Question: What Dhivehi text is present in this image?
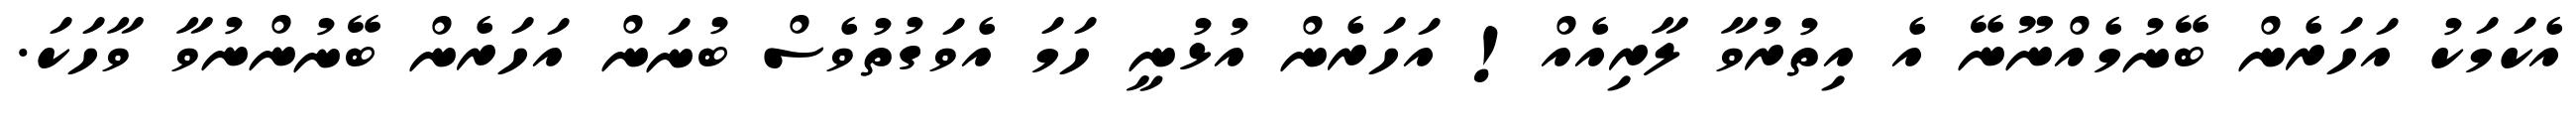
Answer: އެކަމަކު އަހަރެން ބޭނުމެއްނޫނޭ އެ އިތުރުވާ ލާރިއެއް! އަހަރެން އުޅުނީ ހަމަ އެވަގުތުވެސް ބުނަން އަހަރެން ބޭނުންނުވާ ވާހަކަ.